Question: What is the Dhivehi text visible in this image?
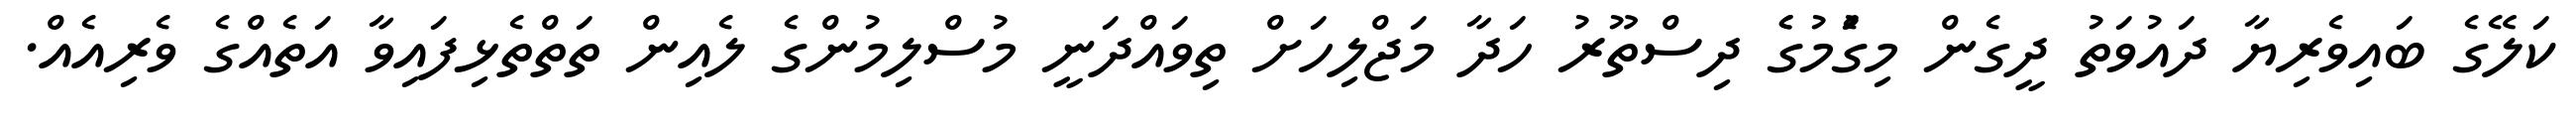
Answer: ކަލޭގެ ބައިވެރިޔާ ދައުވަތު ދީގެން މިގަެުމުގެެ ދިސްތޫރު ހަދާ މަޖްލިހަށް ތިވައްދަނީ މުސްލިމުންގެ ލެއިން ތަތްތެޅިފައިވާ އަތެއްގެ ވެރިއެއް.